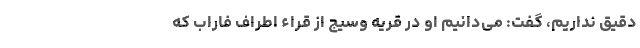
دقیق نداریم، گفت: می‌دانیم او در قریه وسیج از قراء اطراف فاراب که